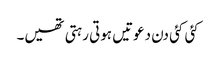
کئی کئی دن دعوتیں ہوتی رہتی تھیں۔